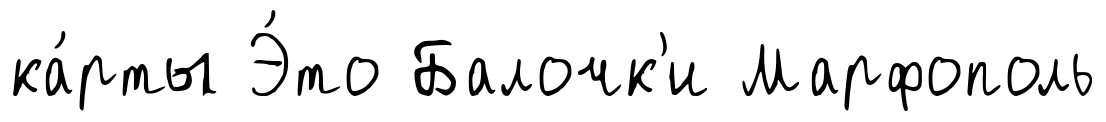
ка́рты Э́то Балочк'и Марфополь